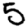
Digit: 5